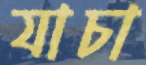
যাচা